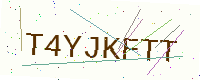
Text: T4YJKFTT